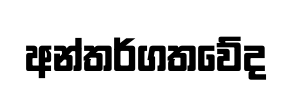
අන්තර්ගතවේද